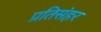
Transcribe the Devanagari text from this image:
प्रतिसंहर